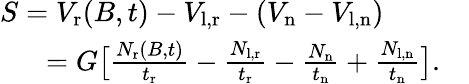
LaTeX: \begin{array}{rl}{S=V_{\mathrm{r}}(B,t)-V_{\mathrm{l,r}}-(V_{\mathrm{n}}-V_{\mathrm{l,n}})~~~~~~~~}&{{}}\\ {=G\bigl[\frac{N_{\mathrm{r}}(B,t)}{t_{\mathrm{r}}}-\frac{N_{\mathrm{l,r}}}{t_{\mathrm{r}}}-\frac{N_{\mathrm{n}}}{t_{\mathrm{n}}}+\frac{N_{\mathrm{l,n}}}{t_{\mathrm{n}}}\bigr].}\end{array}